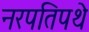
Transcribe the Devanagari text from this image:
नरपतिपथे